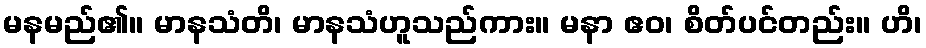
မနမည်၏။ မာနသံတိ၊ မာနသံဟူသည်ကား။ မနာ ဧဝ၊ စိတ်ပင်တည်း။ ဟိ၊